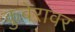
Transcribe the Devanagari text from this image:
कुबेरावर